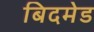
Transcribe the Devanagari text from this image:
बिदमेड